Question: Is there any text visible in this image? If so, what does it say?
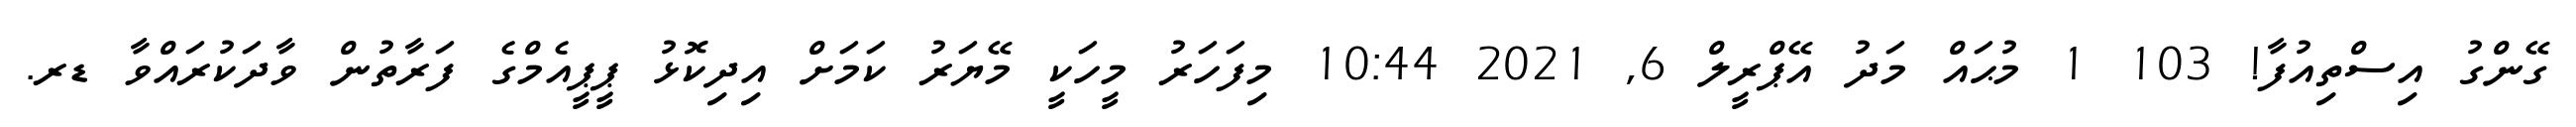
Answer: ގޭންގު އިސްތިއުފާ! 103 1 މުޙައް މަދު އޭޕްރީލް 6, 2021 10:44 މިފަހަރު މީހަކީ މޭޔަރު ކަމަށް އިދިކޮޅު ޕީޕީއެމްގެ ފަރާތުން ވާދަކުރައްވާ ޑރ.